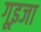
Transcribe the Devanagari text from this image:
गूइजा